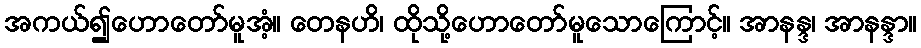
အကယ်၍ဟောတော်မူအံ့။ တေနဟိ၊ ထိုသို့ဟောတော်မူသောကြောင့်။ အာနန္ဒ၊ အာနန္ဒာ။